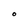
Character: O